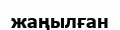
жаңылған